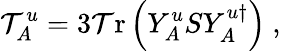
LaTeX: \mathcal{T}_{A}^{u}=3\mathrm{{\mathcal{T}r}}\left(Y_{A}^{u}SY_{A}^{u\dagger}\right)\ ,